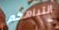
انتباهكم